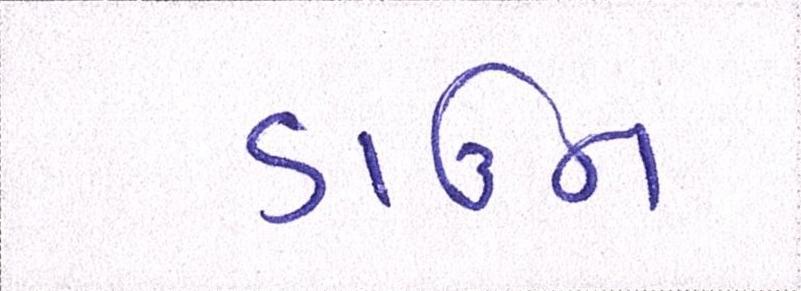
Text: ડાઉન